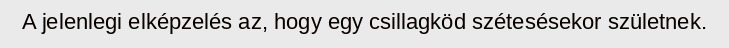
A jelenlegi elképzelés az, hogy egy csillagköd szétesésekor születnek.